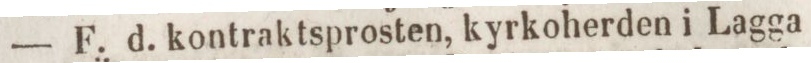
— F. d. kontraktsprosten, kyrkoherden i Lagga